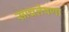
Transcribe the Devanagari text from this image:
साचलेपणा